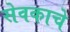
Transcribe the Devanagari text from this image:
सेवकाचे